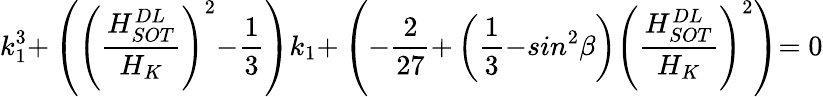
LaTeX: k_{\mathrm{1}}^{\mathrm{3}}\mathrm{+}\left({\left(\frac{H_{SOT}^{DL}}{H_{K}}\right)}^{\mathrm{2}}\mathrm{-}\frac{\mathrm{1}}{\mathrm{3}}\right)k_{\mathrm{1}}\mathrm{+}\left(\mathrm{-}\frac{\mathrm{2}}{\mathrm{27}}\mathrm{+}\left(\frac{\mathrm{1}}{\mathrm{3}}\mathrm{-}sin^{\mathrm{2}}\beta\right){\left(\frac{H_{SOT}^{DL}}{H_{K}}\right)}^{\mathrm{2}}\right)\mathrm{=0}